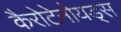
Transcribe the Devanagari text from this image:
कैरोटेनोयड्स